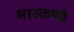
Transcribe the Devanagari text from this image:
मारकण्डे